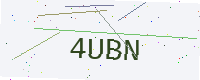
Text: 4UBN